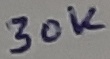
Text: 30K